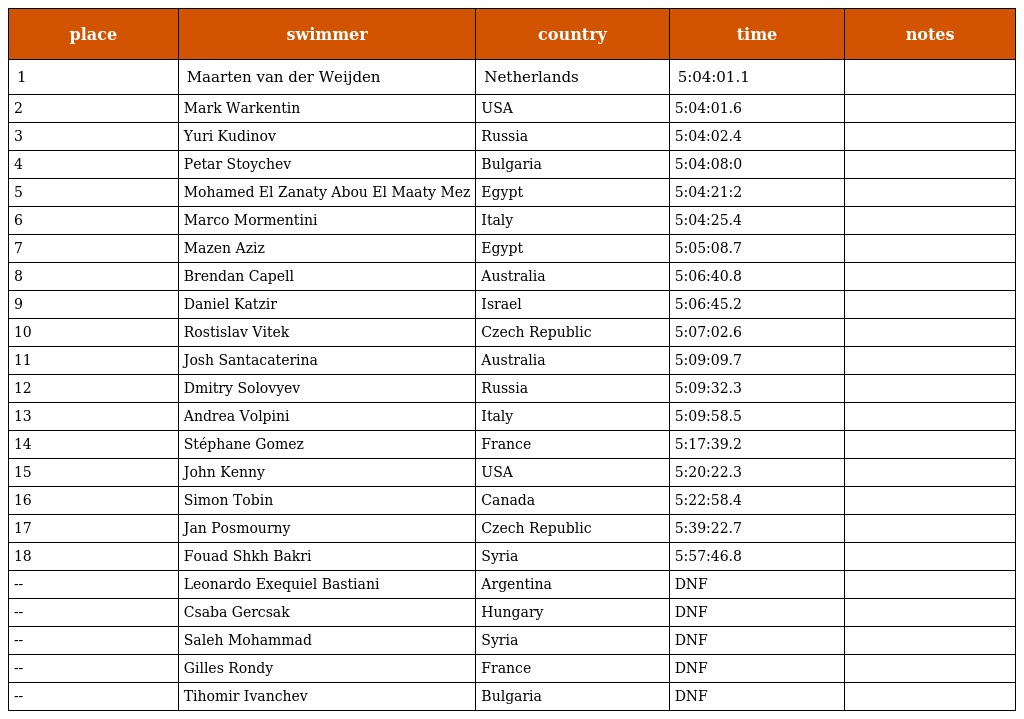
| place | swimmer | country | time | notes |
 | --- | --- | --- | --- | --- |
 | 1 | Maarten van der Weijden | Netherlands | 5:04:01.1 |  |
 | 2 | Mark Warkentin | USA | 5:04:01.6 |  |
 | 3 | Yuri Kudinov | Russia | 5:04:02.4 |  |
 | 4 | Petar Stoychev | Bulgaria | 5:04:08:0 |  |
 | 5 | Mohamed El Zanaty Abou El Maaty Mez | Egypt | 5:04:21:2 |  |
 | 6 | Marco Mormentini | Italy | 5:04:25.4 |  |
 | 7 | Mazen Aziz | Egypt | 5:05:08.7 |  |
 | 8 | Brendan Capell | Australia | 5:06:40.8 |  |
 | 9 | Daniel Katzir | Israel | 5:06:45.2 |  |
 | 10 | Rostislav Vitek | Czech Republic | 5:07:02.6 |  |
 | 11 | Josh Santacaterina | Australia | 5:09:09.7 |  |
 | 12 | Dmitry Solovyev | Russia | 5:09:32.3 |  |
 | 13 | Andrea Volpini | Italy | 5:09:58.5 |  |
 | 14 | Stéphane Gomez | France | 5:17:39.2 |  |
 | 15 | John Kenny | USA | 5:20:22.3 |  |
 | 16 | Simon Tobin | Canada | 5:22:58.4 |  |
 | 17 | Jan Posmourny | Czech Republic | 5:39:22.7 |  |
 | 18 | Fouad Shkh Bakri | Syria | 5:57:46.8 |  |
 | -- | Leonardo Exequiel Bastiani | Argentina | DNF |  |
 | -- | Csaba Gercsak | Hungary | DNF |  |
 | -- | Saleh Mohammad | Syria | DNF |  |
 | -- | Gilles Rondy | France | DNF |  |
 | -- | Tihomir Ivanchev | Bulgaria | DNF |  |